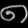
Digit: ၈